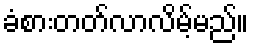
ခံစားတတ်လာလိမ့်မည်။